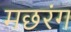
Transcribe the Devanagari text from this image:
मछरंग